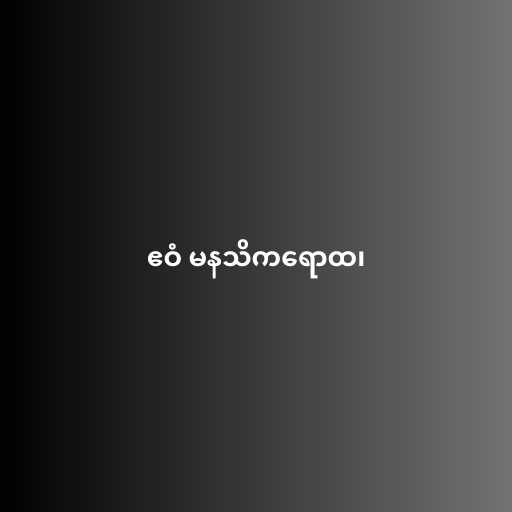
ဧဝံ မနသိကရောထ၊